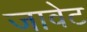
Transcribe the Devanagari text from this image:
जावेट